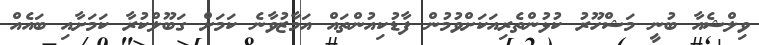
ވިލްޝެއާ ބުނީ މަޝްހޫރު ކުޅުންތެރިއަކަށްވުމުން ފާޑުކިއުންތައް އަމާޒުވާނެ ކަމަށް ގަބޫލްކުރާ ކަމަށާއި ބައެއް